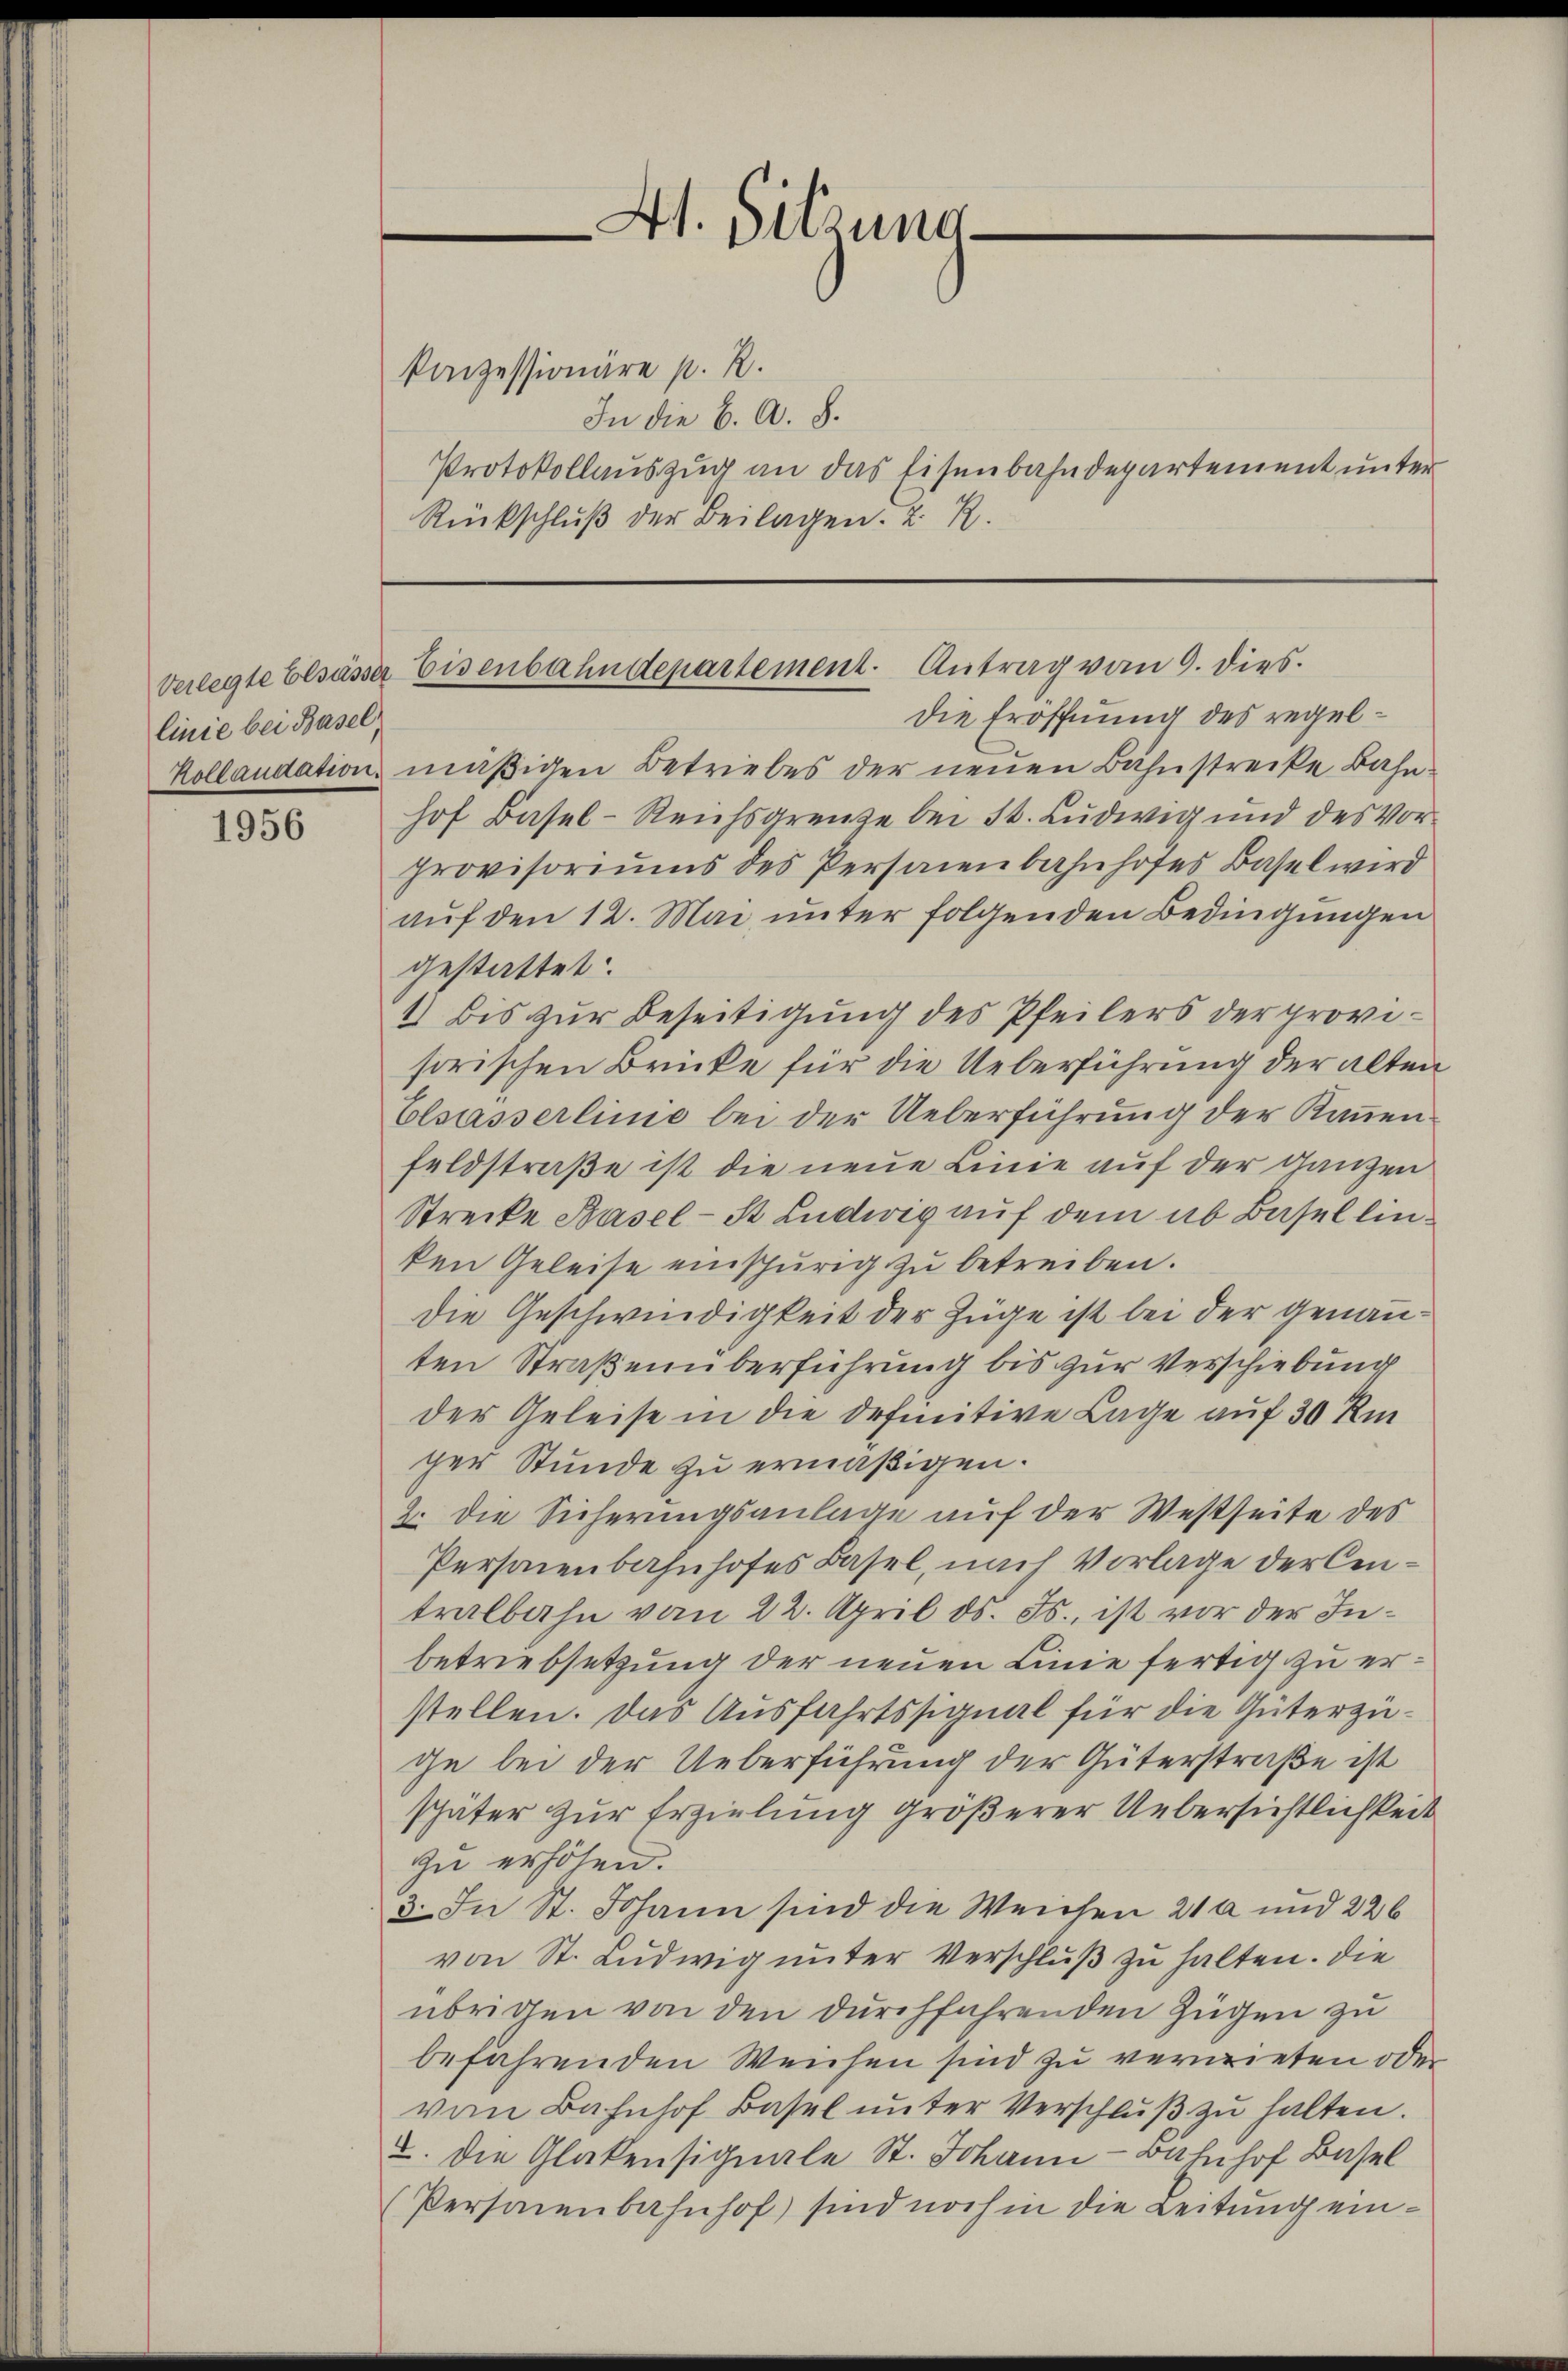
linie bei Basel,
Kollaudation.

1956

konzessionäre p. R.
In die B. A. S.
Protokollauszug an das Eisenbahndepartement unter
Rückschlŭβ der Beilagen. 2 R.

At. Sitzung

die Eröffnung des regelmäßigen Betriebes der neuen Bahnstrecke Bahnhof Basel-Reichsgrenze bei St. Ludwig und des Vorprovisoriums des Personenbahnhofes Basel wird
auf den 12. Mai unter folgenden Bedingungen
gestattet:
1) bis zur Beseitigung des Pfeilers der provisorischen Brüke für die Ueberführung der alten
Elsasserlinie bei der Ueberführung der Kannen¬
Feldstraße ist die neue Linie auf der Ganzen
Strecke Basel-St Ludwig auf dem ab Basellinten Geleise einschurig zu betreiben.
Die Geschwindigkeit der Züge ist bei der genannten Straßenüberführung bis zur Verschiebung
der Geleise in die definitive Lage auf 30 Ki
ger Stunde zu ermäßigen.
2. die Sicherungsanlage auf der Westseite des
Personenbahnhofes Basel, nach Vorlage der Centralbahn vom 22. April d. Js., ist vor der Inbetriebsetzung der neuen Linie fertig zu erstellen. Das Ausfahrtssignal für die Güterzuge bei der Ueberführung der Güterstraße ist
später zur Erzielung größerer Uebersichtlichkeit
zu erhöhen.
3. In St. Johann sind die Weichen 21 a und 226
von St. Ludwig unter Verschluß zu halten. Die
übrigen von den durchführenden Zügen zu
befahrenden Weichen sind zu verrieten oder
vom Bahnhof Basel unter Verschluß zu halten.
2. Die Glatensignale St. Johann - Bahnhof Basel
Personenbahnhof) sind noch in die Leitung ein¬

Verlegte Elsässer Eisenbahndepartement. Antrag vom 9. dies.